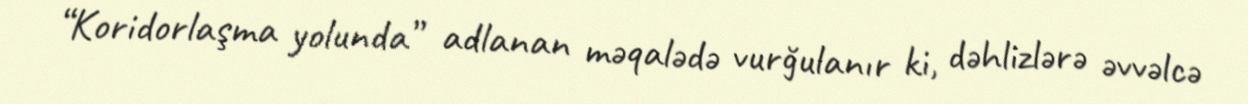
“Koridorlaşma yolunda” adlanan məqalədə vurğulanır ki, dəhlizlərə əvvəlcə